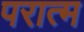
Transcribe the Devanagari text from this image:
परात्म